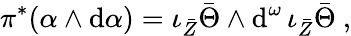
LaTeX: \pi^{*}(\alpha\wedge\mathrm{d}\alpha)=\iota_{\bar{Z}}\bar{\Theta}\wedge\mathrm{d}^{\omega}\, \iota_{\bar{Z}}\bar{\Theta}\ ,